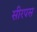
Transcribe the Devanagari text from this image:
सीरपस